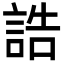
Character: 誥